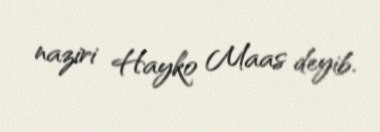
naziri Hayko Maas deyib.